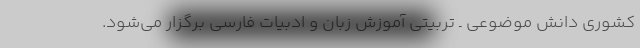
کشوری دانش موضوعی ـ تربیتی آموزش زبان و ادبیات فارسی برگزار می‌شود.